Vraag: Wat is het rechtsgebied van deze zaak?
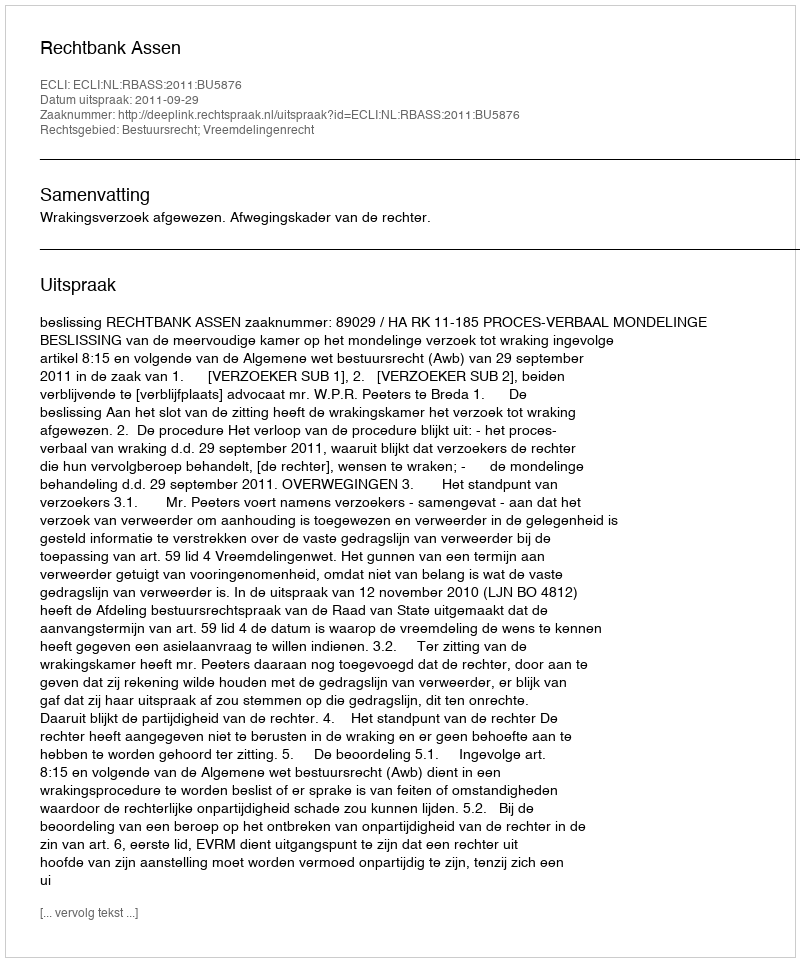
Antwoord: Bestuursrecht; Vreemdelingenrecht